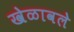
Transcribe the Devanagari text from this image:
खेळावले